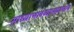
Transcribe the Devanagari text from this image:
साध्याभावव्यापकाभाव